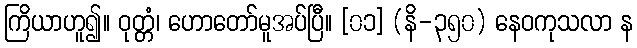
ကြိယာဟူ၍။ ဝုတ္တံ၊ ဟောတော်မူအပ်ပြီ။ [၀၁] (နိ-၃၅၀) နေဝကုသလာ န